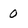
Character: 0